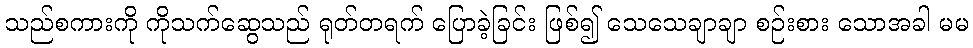
သည်စကားကို ကိုသက်ဆွေသည် ရုတ်တရက် ပြောခဲ့ခြင်း ဖြစ်၍ သေသေချာချာ စဉ်းစား သောအခါ မမ